Problem: 5 × 7 = ?
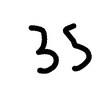
Handwritten answer: 35